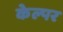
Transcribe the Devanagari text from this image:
केल्पर